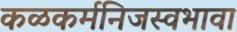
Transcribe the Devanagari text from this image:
कळकर्मनिजस्वभावा